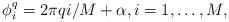
LaTeX: \begin{align*} \phi^q_i = 2\pi q i/M+\alpha,i=1,\dots,M,\end{align*}